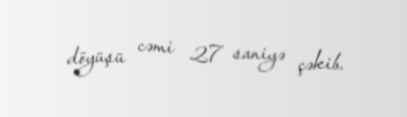
döyüşü cəmi 27 saniyə çəkib.